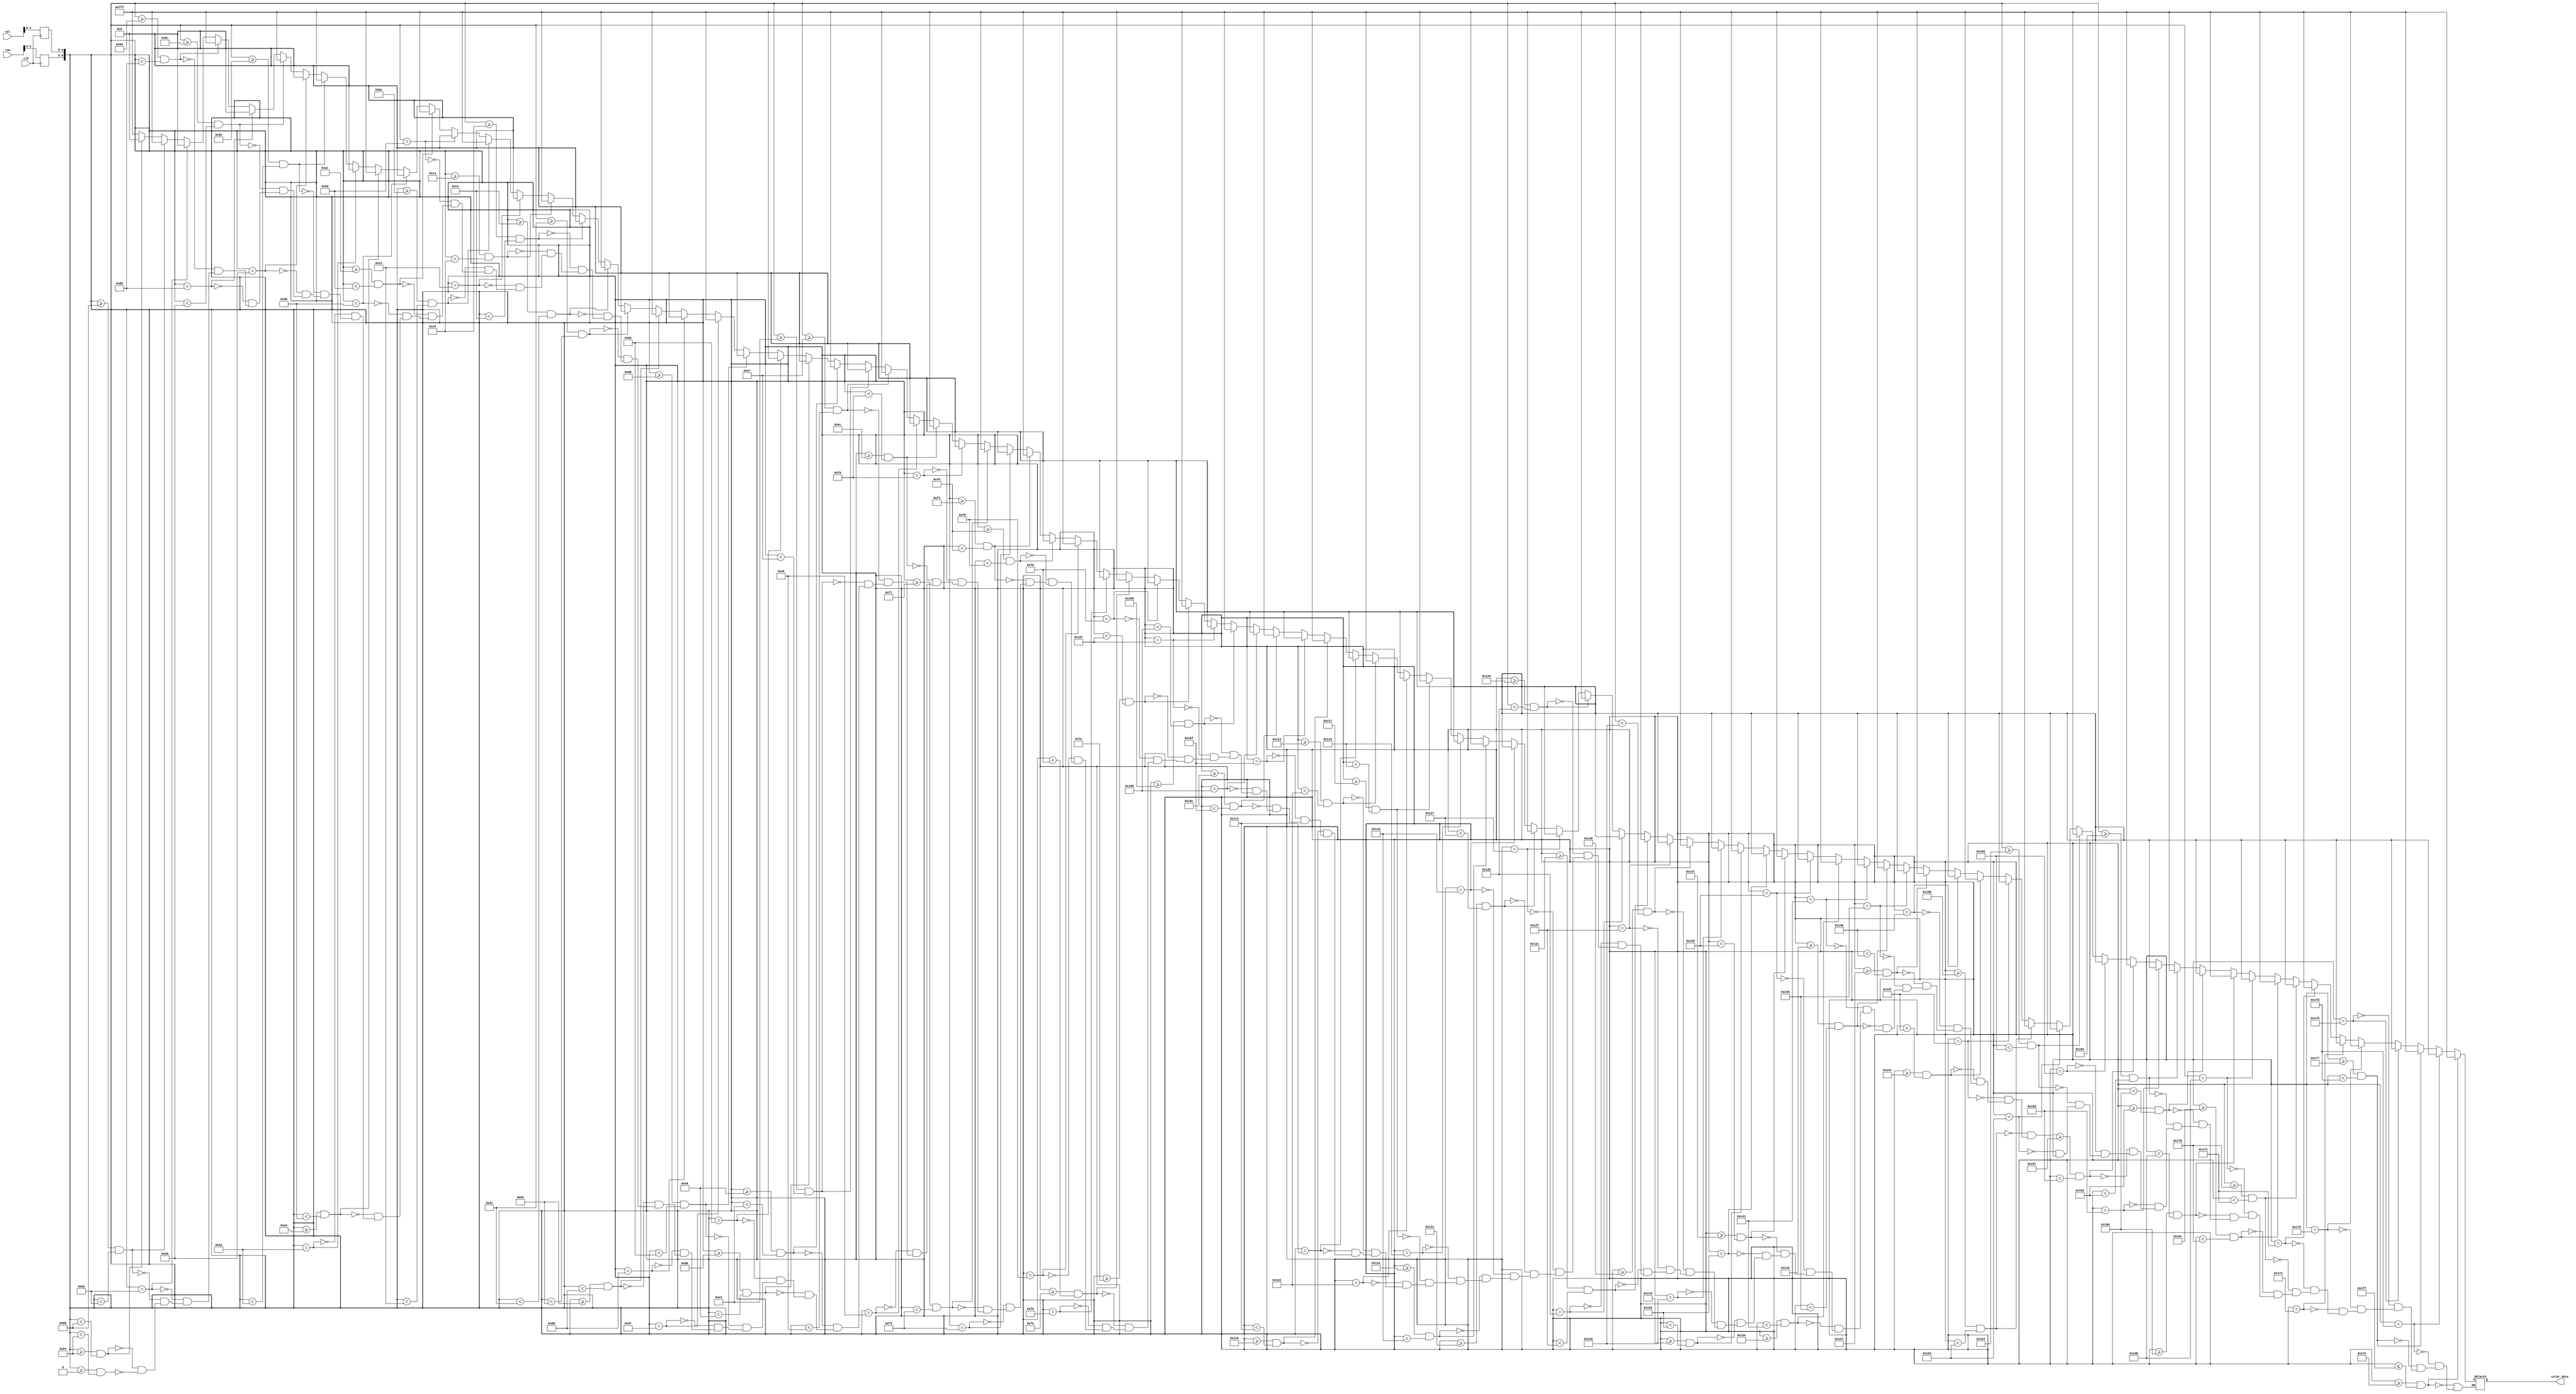
module start_comic_sans_rom
	(
		input wire clk,
		input wire [9:0] row,
		input wire [9:0] col,
		output reg [11:0] color_data
	);

	(* rom_style = "block" *)

	//signal declaration
	reg [3:0] row_reg;
	reg [4:0] col_reg;

	always @(posedge clk)
		begin
		row_reg <= row;
		col_reg <= col;
		end

	always @(*) begin



		if(({row_reg, col_reg}>=9'b000000000) && ({row_reg, col_reg}<9'b001100100)) color_data = 12'b111111111111;
		if(({row_reg, col_reg}>=9'b001100100) && ({row_reg, col_reg}<9'b001101000)) color_data = 12'b000000000000;

		if(({row_reg, col_reg}>=9'b001101000) && ({row_reg, col_reg}<9'b010000011)) color_data = 12'b111111111111;
		if(({row_reg, col_reg}==9'b010000011)) color_data = 12'b000000000000;
		if(({row_reg, col_reg}>=9'b010000100) && ({row_reg, col_reg}<9'b010001011)) color_data = 12'b111111111111;
		if(({row_reg, col_reg}==9'b010001011)) color_data = 12'b000000000000;
		if(({row_reg, col_reg}>=9'b010001100) && ({row_reg, col_reg}<9'b010011101)) color_data = 12'b111111111111;
		if(({row_reg, col_reg}==9'b010011101)) color_data = 12'b000000000000;

		if(({row_reg, col_reg}>=9'b010011110) && ({row_reg, col_reg}<9'b010100010)) color_data = 12'b111111111111;
		if(({row_reg, col_reg}==9'b010100010)) color_data = 12'b000000000000;
		if(({row_reg, col_reg}>=9'b010100011) && ({row_reg, col_reg}<9'b010101011)) color_data = 12'b111111111111;
		if(({row_reg, col_reg}==9'b010101011)) color_data = 12'b000000000000;
		if(({row_reg, col_reg}>=9'b010101100) && ({row_reg, col_reg}<9'b010111101)) color_data = 12'b111111111111;
		if(({row_reg, col_reg}==9'b010111101)) color_data = 12'b000000000000;

		if(({row_reg, col_reg}>=9'b010111110) && ({row_reg, col_reg}<9'b011000010)) color_data = 12'b111111111111;
		if(({row_reg, col_reg}==9'b011000010)) color_data = 12'b000000000000;
		if(({row_reg, col_reg}>=9'b011000011) && ({row_reg, col_reg}<9'b011001001)) color_data = 12'b111111111111;
		if(({row_reg, col_reg}>=9'b011001001) && ({row_reg, col_reg}<9'b011001110)) color_data = 12'b000000000000;
		if(({row_reg, col_reg}>=9'b011001110) && ({row_reg, col_reg}<9'b011010001)) color_data = 12'b111111111111;
		if(({row_reg, col_reg}>=9'b011010001) && ({row_reg, col_reg}<9'b011010100)) color_data = 12'b000000000000;
		if(({row_reg, col_reg}>=9'b011010100) && ({row_reg, col_reg}<9'b011010110)) color_data = 12'b111111111111;
		if(({row_reg, col_reg}==9'b011010110)) color_data = 12'b000000000000;
		if(({row_reg, col_reg}==9'b011010111)) color_data = 12'b111111111111;
		if(({row_reg, col_reg}>=9'b011011000) && ({row_reg, col_reg}<9'b011011010)) color_data = 12'b000000000000;
		if(({row_reg, col_reg}==9'b011011010)) color_data = 12'b111111111111;

		if(({row_reg, col_reg}>=9'b011011011) && ({row_reg, col_reg}<9'b011100000)) color_data = 12'b000000000000;
		if(({row_reg, col_reg}>=9'b011100000) && ({row_reg, col_reg}<9'b011100011)) color_data = 12'b111111111111;
		if(({row_reg, col_reg}>=9'b011100011) && ({row_reg, col_reg}<9'b011100111)) color_data = 12'b000000000000;
		if(({row_reg, col_reg}>=9'b011100111) && ({row_reg, col_reg}<9'b011101011)) color_data = 12'b111111111111;
		if(({row_reg, col_reg}==9'b011101011)) color_data = 12'b000000000000;
		if(({row_reg, col_reg}>=9'b011101100) && ({row_reg, col_reg}<9'b011110000)) color_data = 12'b111111111111;
		if(({row_reg, col_reg}==9'b011110000)) color_data = 12'b000000000000;
		if(({row_reg, col_reg}>=9'b011110001) && ({row_reg, col_reg}<9'b011110011)) color_data = 12'b111111111111;
		if(({row_reg, col_reg}==9'b011110011)) color_data = 12'b000000000000;
		if(({row_reg, col_reg}>=9'b011110100) && ({row_reg, col_reg}<9'b011110110)) color_data = 12'b111111111111;
		if(({row_reg, col_reg}>=9'b011110110) && ({row_reg, col_reg}<9'b011111000)) color_data = 12'b000000000000;
		if(({row_reg, col_reg}==9'b011111000)) color_data = 12'b111111111111;
		if(({row_reg, col_reg}==9'b011111001)) color_data = 12'b000000000000;
		if(({row_reg, col_reg}>=9'b011111010) && ({row_reg, col_reg}<9'b011111101)) color_data = 12'b111111111111;
		if(({row_reg, col_reg}==9'b011111101)) color_data = 12'b000000000000;

		if(({row_reg, col_reg}>=9'b011111110) && ({row_reg, col_reg}<9'b100000111)) color_data = 12'b111111111111;
		if(({row_reg, col_reg}==9'b100000111)) color_data = 12'b000000000000;
		if(({row_reg, col_reg}>=9'b100001000) && ({row_reg, col_reg}<9'b100001011)) color_data = 12'b111111111111;
		if(({row_reg, col_reg}==9'b100001011)) color_data = 12'b000000000000;
		if(({row_reg, col_reg}>=9'b100001100) && ({row_reg, col_reg}<9'b100001111)) color_data = 12'b111111111111;
		if(({row_reg, col_reg}==9'b100001111)) color_data = 12'b000000000000;
		if(({row_reg, col_reg}>=9'b100010000) && ({row_reg, col_reg}<9'b100010011)) color_data = 12'b111111111111;
		if(({row_reg, col_reg}==9'b100010011)) color_data = 12'b000000000000;
		if(({row_reg, col_reg}>=9'b100010100) && ({row_reg, col_reg}<9'b100010110)) color_data = 12'b111111111111;
		if(({row_reg, col_reg}==9'b100010110)) color_data = 12'b000000000000;
		if(({row_reg, col_reg}>=9'b100010111) && ({row_reg, col_reg}<9'b100011001)) color_data = 12'b111111111111;
		if(({row_reg, col_reg}==9'b100011001)) color_data = 12'b000000000000;
		if(({row_reg, col_reg}>=9'b100011010) && ({row_reg, col_reg}<9'b100011101)) color_data = 12'b111111111111;
		if(({row_reg, col_reg}==9'b100011101)) color_data = 12'b000000000000;

		if(({row_reg, col_reg}>=9'b100011110) && ({row_reg, col_reg}<9'b100100111)) color_data = 12'b111111111111;
		if(({row_reg, col_reg}==9'b100100111)) color_data = 12'b000000000000;
		if(({row_reg, col_reg}>=9'b100101000) && ({row_reg, col_reg}<9'b100101011)) color_data = 12'b111111111111;
		if(({row_reg, col_reg}==9'b100101011)) color_data = 12'b000000000000;
		if(({row_reg, col_reg}>=9'b100101100) && ({row_reg, col_reg}<9'b100101111)) color_data = 12'b111111111111;
		if(({row_reg, col_reg}==9'b100101111)) color_data = 12'b000000000000;
		if(({row_reg, col_reg}>=9'b100110000) && ({row_reg, col_reg}<9'b100110011)) color_data = 12'b111111111111;
		if(({row_reg, col_reg}==9'b100110011)) color_data = 12'b000000000000;
		if(({row_reg, col_reg}>=9'b100110100) && ({row_reg, col_reg}<9'b100110110)) color_data = 12'b111111111111;
		if(({row_reg, col_reg}==9'b100110110)) color_data = 12'b000000000000;
		if(({row_reg, col_reg}>=9'b100110111) && ({row_reg, col_reg}<9'b100111101)) color_data = 12'b111111111111;
		if(({row_reg, col_reg}==9'b100111101)) color_data = 12'b000000000000;

		if(({row_reg, col_reg}>=9'b100111110) && ({row_reg, col_reg}<9'b101000001)) color_data = 12'b111111111111;
		if(({row_reg, col_reg}==9'b101000001)) color_data = 12'b000000000000;
		if(({row_reg, col_reg}>=9'b101000010) && ({row_reg, col_reg}<9'b101000110)) color_data = 12'b111111111111;
		if(({row_reg, col_reg}==9'b101000110)) color_data = 12'b000000000000;
		if(({row_reg, col_reg}>=9'b101000111) && ({row_reg, col_reg}<9'b101001011)) color_data = 12'b111111111111;
		if(({row_reg, col_reg}==9'b101001011)) color_data = 12'b000000000000;
		if(({row_reg, col_reg}>=9'b101001100) && ({row_reg, col_reg}<9'b101001111)) color_data = 12'b111111111111;
		if(({row_reg, col_reg}==9'b101001111)) color_data = 12'b000000000000;
		if(({row_reg, col_reg}>=9'b101010000) && ({row_reg, col_reg}<9'b101010011)) color_data = 12'b111111111111;
		if(({row_reg, col_reg}==9'b101010011)) color_data = 12'b000000000000;
		if(({row_reg, col_reg}>=9'b101010100) && ({row_reg, col_reg}<9'b101010110)) color_data = 12'b111111111111;
		if(({row_reg, col_reg}==9'b101010110)) color_data = 12'b000000000000;
		if(({row_reg, col_reg}>=9'b101010111) && ({row_reg, col_reg}<9'b101011101)) color_data = 12'b111111111111;
		if(({row_reg, col_reg}==9'b101011101)) color_data = 12'b000000000000;

		if(({row_reg, col_reg}>=9'b101011110) && ({row_reg, col_reg}<9'b101100010)) color_data = 12'b111111111111;
		if(({row_reg, col_reg}>=9'b101100010) && ({row_reg, col_reg}<9'b101100110)) color_data = 12'b000000000000;
		if(({row_reg, col_reg}>=9'b101100110) && ({row_reg, col_reg}<9'b101101011)) color_data = 12'b111111111111;
		if(({row_reg, col_reg}==9'b101101011)) color_data = 12'b000000000000;
		if(({row_reg, col_reg}>=9'b101101100) && ({row_reg, col_reg}<9'b101110000)) color_data = 12'b111111111111;
		if(({row_reg, col_reg}>=9'b101110000) && ({row_reg, col_reg}<9'b101110011)) color_data = 12'b000000000000;
		if(({row_reg, col_reg}==9'b101110011)) color_data = 12'b111111111111;
		if(({row_reg, col_reg}==9'b101110100)) color_data = 12'b000000000000;
		if(({row_reg, col_reg}==9'b101110101)) color_data = 12'b111111111111;
		if(({row_reg, col_reg}==9'b101110110)) color_data = 12'b000000000000;
		if(({row_reg, col_reg}>=9'b101110111) && ({row_reg, col_reg}<9'b101111101)) color_data = 12'b111111111111;
		if(({row_reg, col_reg}==9'b101111101)) color_data = 12'b000000000000;





		if(({row_reg, col_reg}>=9'b101111110) && ({row_reg, col_reg}<=9'b111111111)) color_data = 12'b111111111111;
	end
endmodule